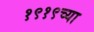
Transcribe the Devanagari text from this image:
१९१९च्या